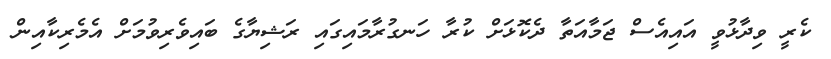
ކެރީ ވިދާޅުވީ އައިއެސް ޖަމާއަތާ ދެކޮޅަށް ކުރާ ހަނގުރާމައިގައި ރަޝިޔާގެ ބައިވެރިވުމަށް އެމެރިކާއިން